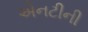
એનટીની